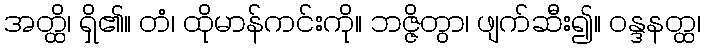
အတ္ထိ၊ ရှိ၏။ တံ၊ ထိုမာန်ကင်းကို။ ဘဇ္ဇိတွာ၊ ဖျက်ဆီး၍။ ဝန္ဒနတ္ထ၊